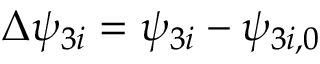
\Delta \psi _ { 3 i } = \psi _ { 3 i } - \psi _ { 3 i , 0 }